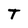
Character: T